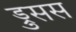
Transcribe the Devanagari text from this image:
ड्रुसस